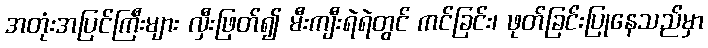
အတုံးအပြင်ကြီးများ လှီးဖြတ်၍ မီးကျီးရဲရဲတွင် ကင်ခြင်း၊ ဖုတ်ခြင်းပြုနေသည်မှာ